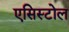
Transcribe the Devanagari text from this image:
एसिस्टोल